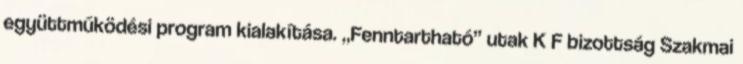
együttműködési program kialakítása. „Fenntartható” utak K F bizottság Szakmai